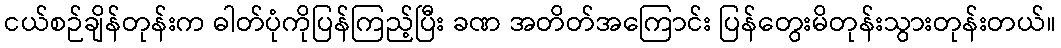
ငယ်စဉ်ချိန်တုန်းက ဓါတ်ပုံကိုပြန်ကြည့်ပြီး ခဏ အတိတ်အကြောင်း ပြန်တွေးမိတုန်းသွားတုန်းတယ်။